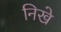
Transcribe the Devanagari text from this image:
निखे